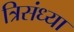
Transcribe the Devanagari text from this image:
त्रिसंध्या